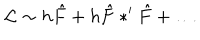
LaTeX: { \mathcal L } \sim h \hat { F } + h \hat { F } \ast ^ { \prime } \hat { F } + \dots